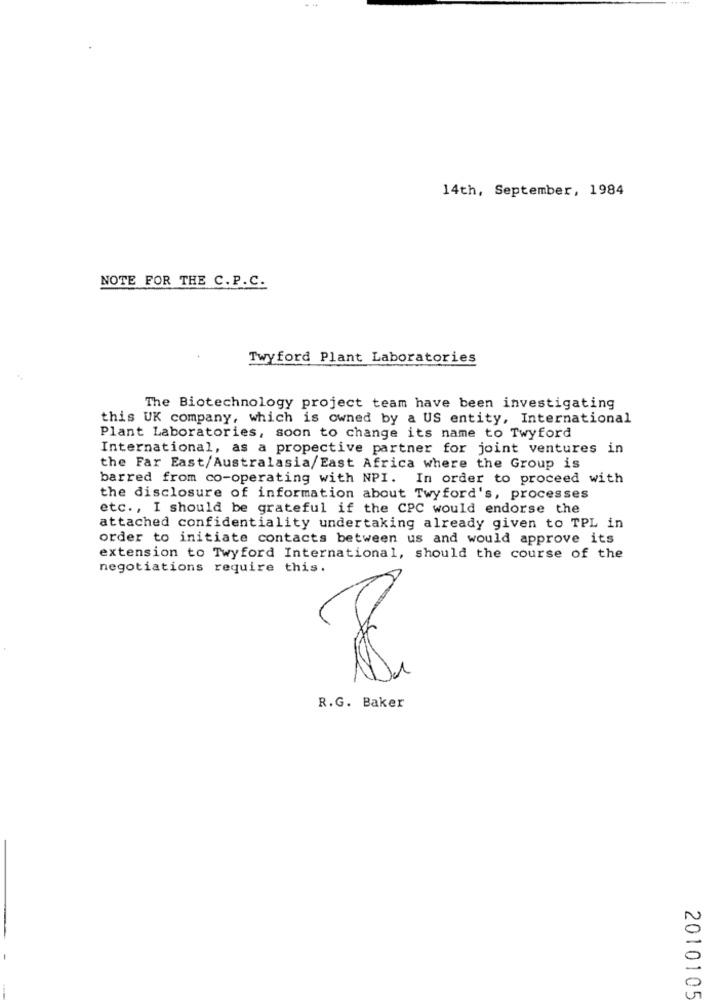
14th, September, 1984
NOTE FOR THE C.P.C.
Twyford Plant Laboratories
The Biotechnology project team have been investigating
this UK company, which is owned by a US entity, International
Plant Laboratories, soon to change its name to Twyford
International, as a propective partner for joint ventures in
the Far East/Australasia/East Africa where the Group is
barred from co-operating with NPI. In order to proceed with
the disclosure of information about Twyford's, processes
etc ., I should be grateful if the CPC would endorse the
attached confidentiality undertaking already given to TPL in
order to initiate contacts between us and would approve its
extension to Twyford International, should the course of the
negotiations require this.
R.G. Baker
2010105